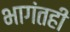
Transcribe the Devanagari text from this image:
भागंतही